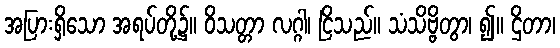
အပြားရှိသော အရပ်တို့၌။ ဝိသတ္တာ လဂ္ဂါ၊ ငြိသည်။ သံသိဗ္ဗိတွာ၊ ၍။ ဌိတာ၊